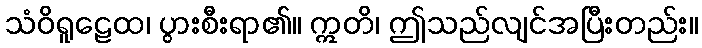
သံဝိရူဠေထ၊ ပွားစီးရာ၏။ ဣတိ၊ ဤသည်လျင်အပြီးတည်း။